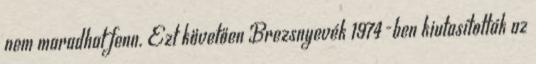
nem maradhat fenn. Ezt követően Brezsnyevék 1974-ben kiutasították az